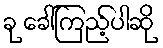
ခု ခေါ်ကြည့်ပါဆို